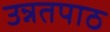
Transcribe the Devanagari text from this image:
उन्नतपाठ